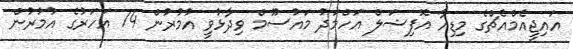
އައިޖީއެމްއެޗްގެ މިޑިއާ އޮފިޝަލް އަހްމަދު މައުސޫމް ވިދާޅުވީ އުމުރުން 74 އަހަރުގެ އުމުރުން